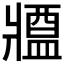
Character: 𤖙